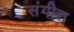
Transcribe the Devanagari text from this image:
संगीत्त